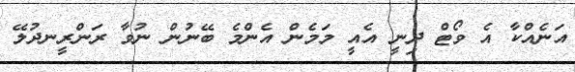
އަނެއްކާ އެ ވޯޓް ދިނީ އެއީ މަމެން އެންމެ ބޭނުން ނުވާ ރަންރީނދުލޭ